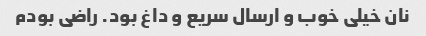
نان خیلی خوب و ارسال سریع و داغ بود. راضی بودم